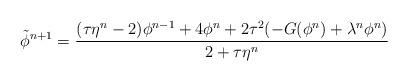
LaTeX: \begin{align*} \tilde{\phi}^{n+1}=\frac{(\tau\eta^n-2)\phi^{n-1}+4\phi^{n}+2\tau^2(-G(\phi^n)+\lambda^n\phi^n)}{2+\tau\eta^n} \end{align*}